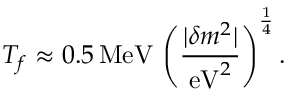
T _ { f } \approx 0 . 5 \, \mathrm { M e V } \, \left( \frac { | \delta m ^ { 2 } | } { \mathrm { e V } ^ { 2 } } \right) ^ { \frac { 1 } { 4 } } .